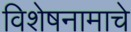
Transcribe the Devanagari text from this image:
विशेषनामाचे